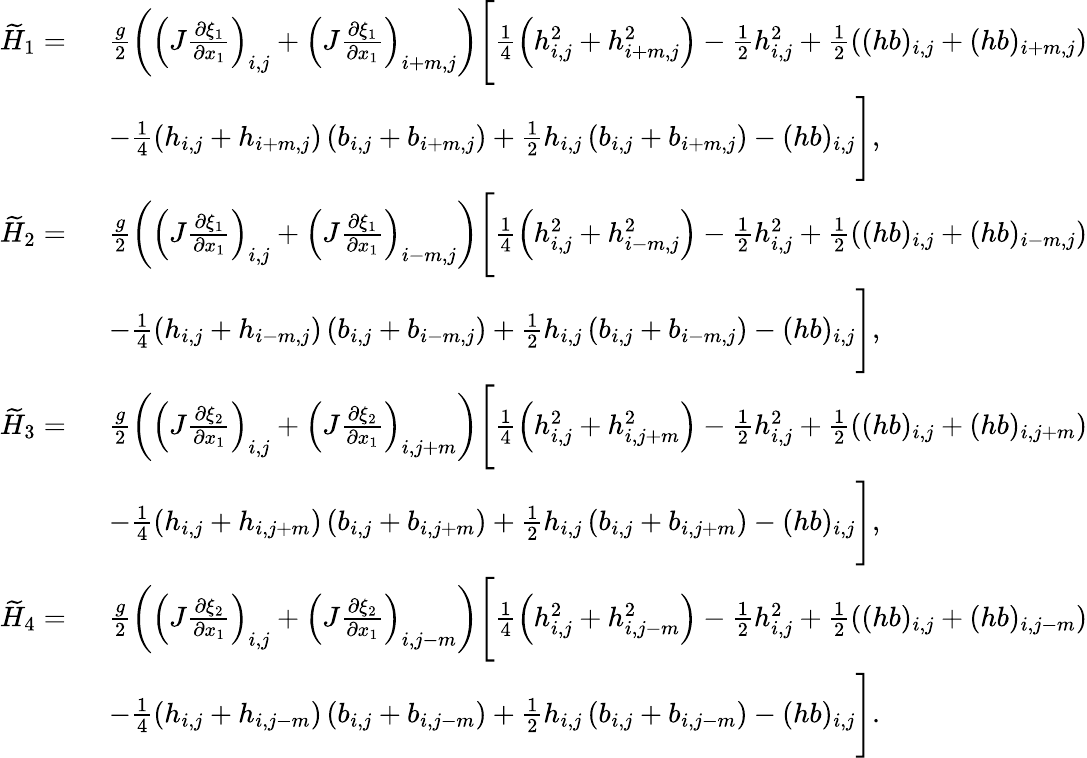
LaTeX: \begin{array}{rl}{\widetilde{H}_{1}=\ }&{\frac{g}{2}\left(\left(J\frac{\partial\xi_{1}}{\partial x_{1}}\right)_{i,j}+\left(J\frac{\partial\xi_{1}}{\partial x_{1}}\right)_{i+m,j}\right)\Bigg[\frac{1}{4}\left(h_{i,j}^{2}+h_{i+m,j}^{2}\right)-\frac{1}{2}h_{i,j}^{2}+\frac{1}{2}\left((hb)_{i,j}+(hb)_{i+m,j}\right)}\\ &{-\frac{1}{4}\left({h}_{i,j}+{h}_{i+m,j}\right)\left({b}_{i,j}+{b}_{i+m,j}\right)+\frac{1}{2}h_{i,j}\left({b}_{i,j}+{b}_{i+m,j}\right)-(hb)_{i,j}\Bigg],}\\ {\widetilde{H}_{2}=\ }&{\frac{g}{2}\left(\left(J\frac{\partial\xi_{1}}{\partial x_{1}}\right)_{i,j}+\left(J\frac{\partial\xi_{1}}{\partial x_{1}}\right)_{i-m,j}\right)\Bigg[\frac{1}{4}\left(h_{i,j}^{2}+h_{i-m,j}^{2}\right)-\frac{1}{2}h_{i,j}^{2}+\frac{1}{2}\left((hb)_{i,j}+(hb)_{i-m,j}\right)}\\ &{-\frac{1}{4}\left({h}_{i,j}+{h}_{i-m,j}\right)\left({b}_{i,j}+{b}_{i-m,j}\right)+\frac{1}{2}h_{i,j}\left({b}_{i,j}+{b}_{i-m,j}\right)-(hb)_{i,j}\Bigg],}\\ {\widetilde{H}_{3}=\ }&{\frac{g}{2}\left(\left(J\frac{\partial\xi_{2}}{\partial x_{1}}\right)_{i,j}+\left(J\frac{\partial\xi_{2}}{\partial x_{1}}\right)_{i,j+m}\right)\Bigg[\frac{1}{4}\left(h_{i,j}^{2}+h_{i,j+m}^{2}\right)-\frac{1}{2}h_{i,j}^{2}+\frac{1}{2}\left((hb)_{i,j}+(hb)_{i,j+m}\right)}\\ &{-\frac{1}{4}\left({h}_{i,j}+{h}_{i,j+m}\right)\left({b}_{i,j}+{b}_{i,j+m}\right)+\frac{1}{2}h_{i,j}\left({b}_{i,j}+{b}_{i,j+m}\right)-(hb)_{i,j}\Bigg],}\\ {\widetilde{H}_{4}=\ }&{\frac{g}{2}\left(\left(J\frac{\partial\xi_{2}}{\partial x_{1}}\right)_{i,j}+\left(J\frac{\partial\xi_{2}}{\partial x_{1}}\right)_{i,j-m}\right)\Bigg[\frac{1}{4}\left(h_{i,j}^{2}+h_{i,j-m}^{2}\right)-\frac{1}{2}h_{i,j}^{2}+\frac{1}{2}\left((hb)_{i,j}+(hb)_{i,j-m}\right)}\\ &{-\frac{1}{4}\left({h}_{i,j}+{h}_{i,j-m}\right)\left({b}_{i,j}+{b}_{i,j-m}\right)+\frac{1}{2}h_{i,j}\left({b}_{i,j}+{b}_{i,j-m}\right)-(hb)_{i,j}\Bigg].}\end{array}